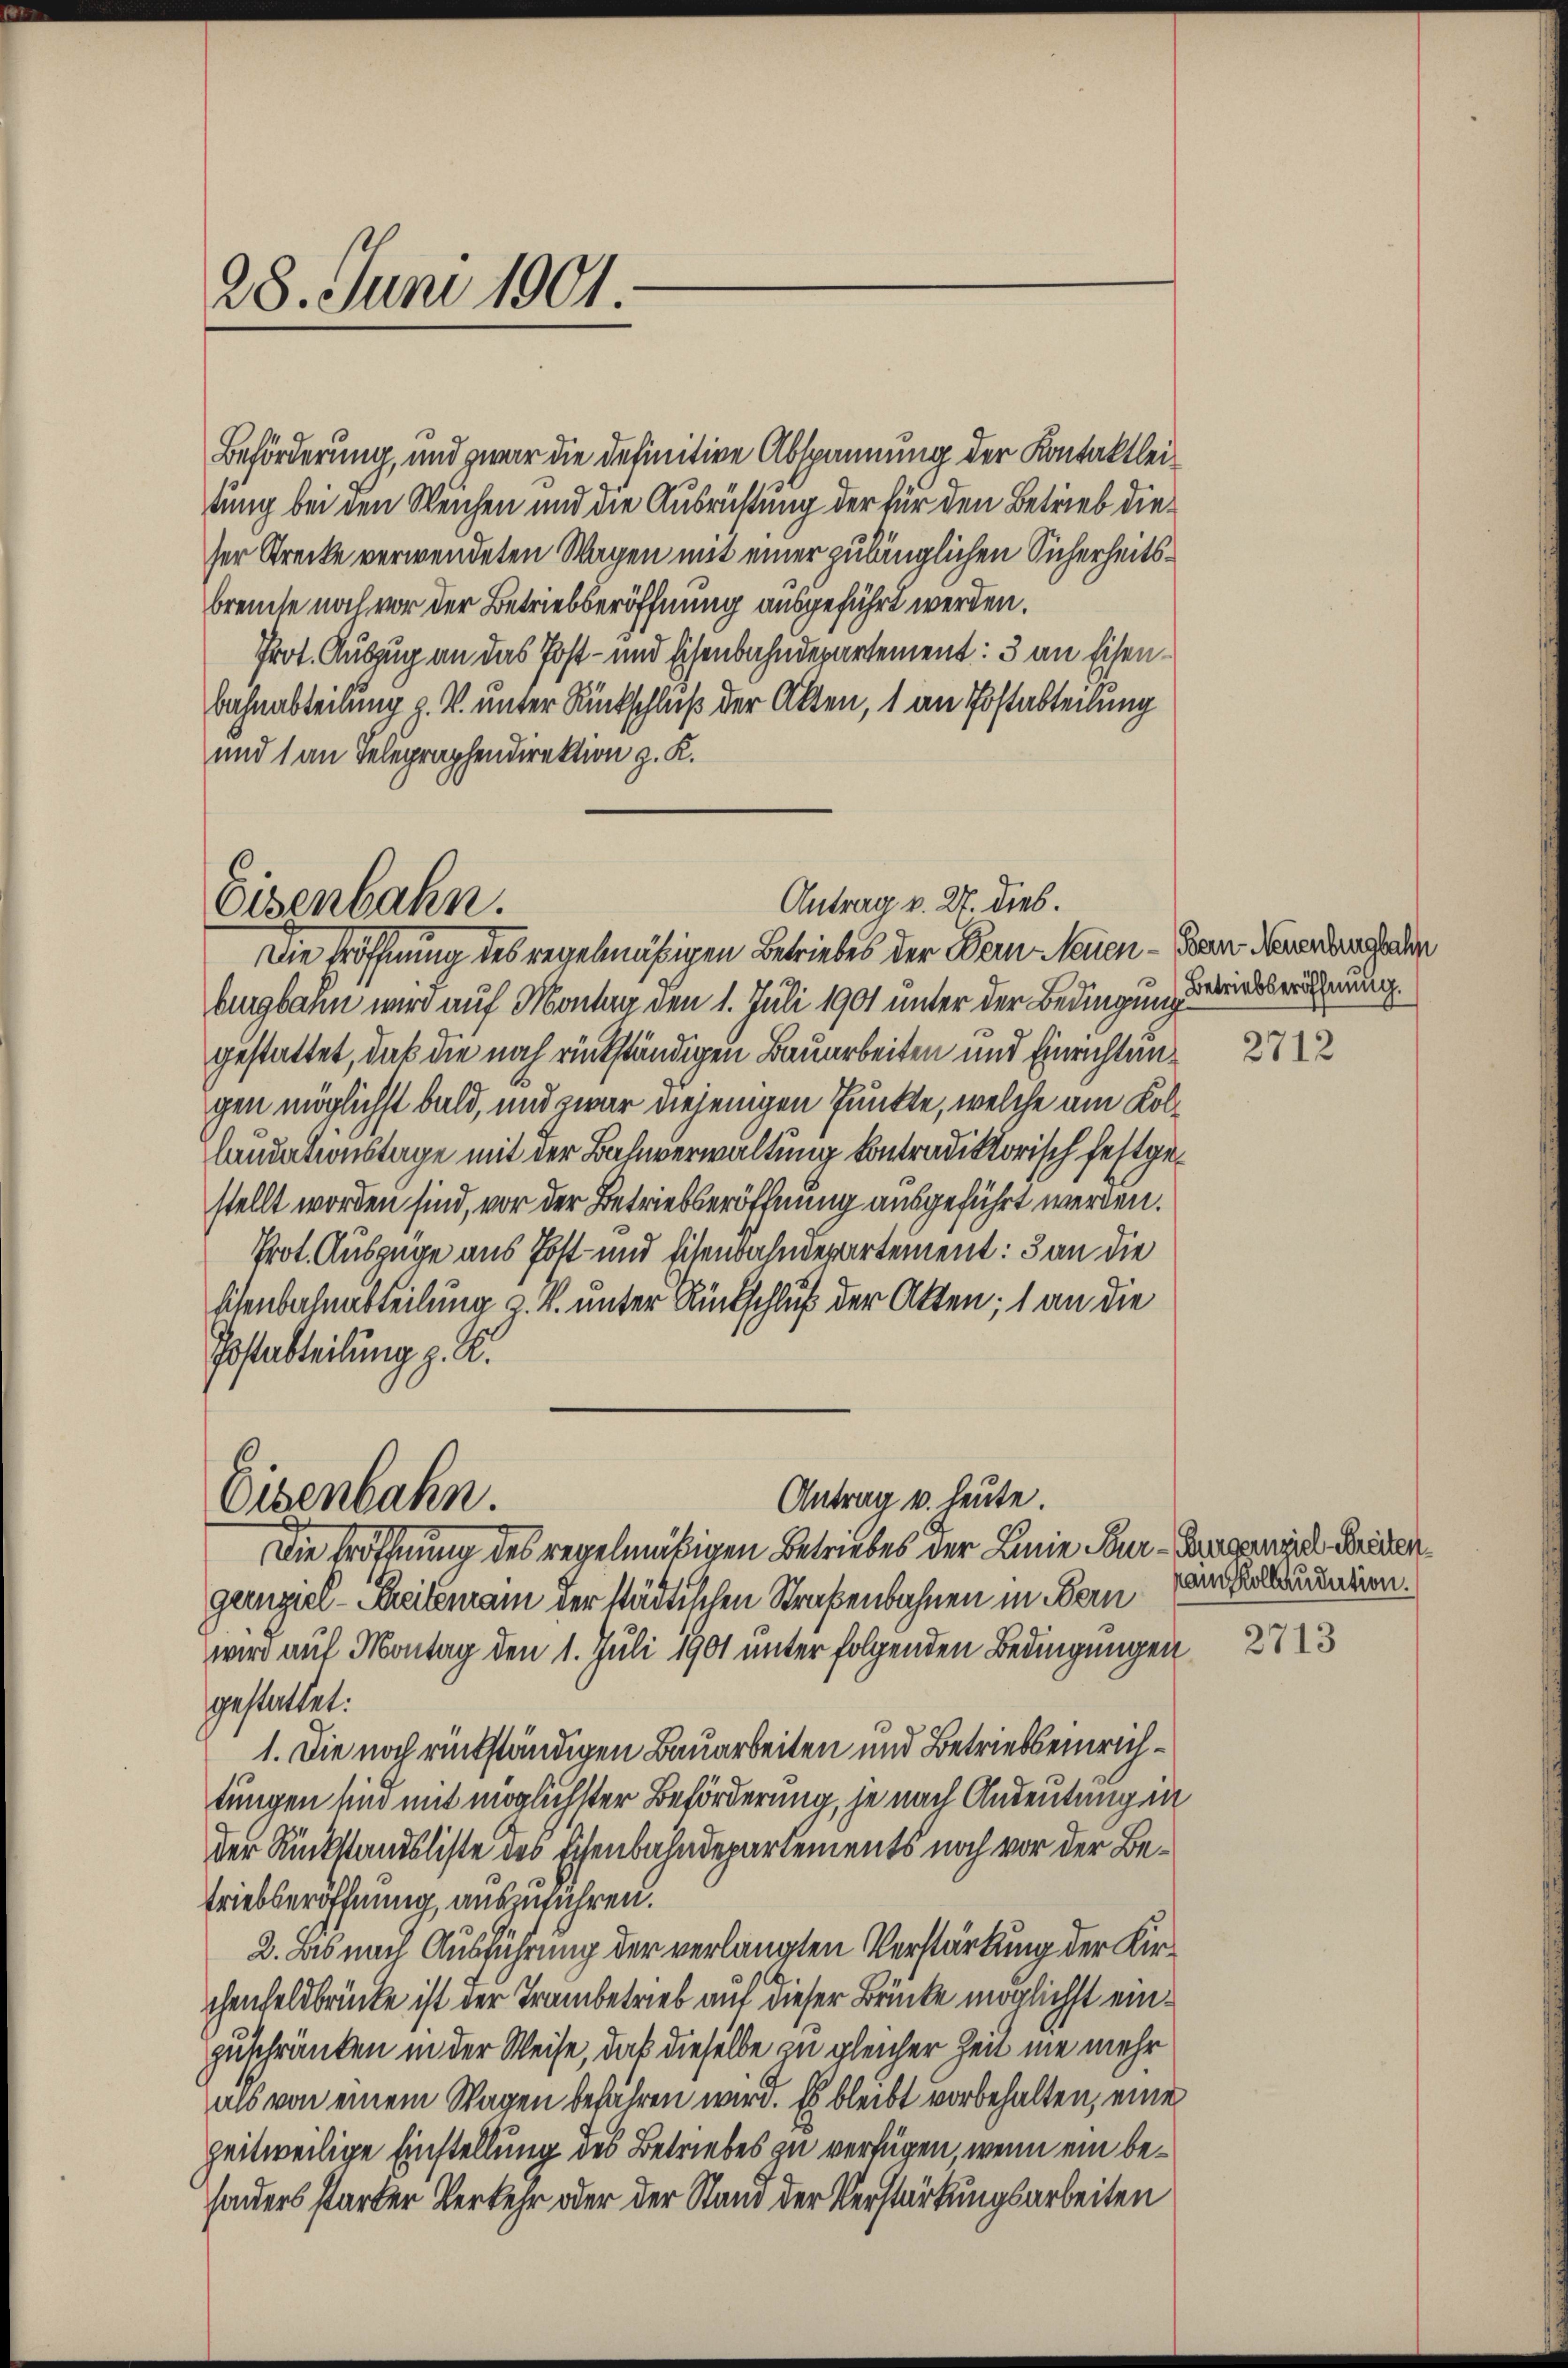
28. Juni 1901.

Beförderung, und zwar die definitive Abspannung der Kontaktleitung bei den Weichen und die Ausrichtung der für den Betrieb dieser Strecke verwendeten Wagen mit einer zulänglichen Sicherheitsbreuche noch vor der Betriebseröffnung ausgeführt werden.
Prot. Auszug an das Post- und Eisenbahndepartement: 3 an Eisen¬
Bahnabteilung V. unter Rückschluß der Alten, 1 an Postabteilung
und 1 an Telegraphendirektion z. K.

Antrag v. 2. dies.
Eisenbahn.
Die Eröffnung des regelmäßigen Betriebes der Bern Neuen - Bau Neerachenden

burgbahn wird auf Montag den 1. Juli 1901 unter der Bedingung dieseröfnung.
gestattet, daß die noch rückständigen Bauarbeiten und Einrichtungen möglichst bald, und zwar diejenigen Punkte, welche am Kollaudationstage mit der Bahnverwaltung kontradiktorisch festgestellt worden sind, vor der Betriebseröffnung ausgeführt werden.
Prot. Auszüge aus Post- und Eisenbahndepartement: 3 an die
Eisenbahnabteilung z. B. unter Rückschluß der Atten; 1 an die
Postabteilung z. B.

Antrag u. leute.
Eisenbahn.

Die Eröffnung des regelmäßigen Betriebes der Lanie Paur-Gegenge Leidengunziel- Seitemann der städtischen Straßenbahnen in Bern
wird auf Montag den 1. Juli 1901 unter folgenden Bedingungen
gestattet:
1. Die noch rückständigen Bauarbeiten und Betriebseinrichtungen sind mit möglichster Beförderung, je nach Andeutungen
der Rückstandsliste des Eisenbahndepartements noch vor der Betriebseröffnung auszuführen.
2. Das nach Ausführung der verlangten Verstärkung der Kirchenfelsbrücke ist der Trambetrieb auf dieser Brücke möglichst einzuschränken in der Weise, daß dieselbe zu gleicher Zeit nie mehr
als von einem Wagen befähren wird. Es bleibt vorbehalten, eine
zeitweilige Einstellung des Betriebes zu verfügen, wenn ein besonders starker Verkehr oder der Stand der Verstärkungsarbeiten

2712

kain Kollaudation.

2713